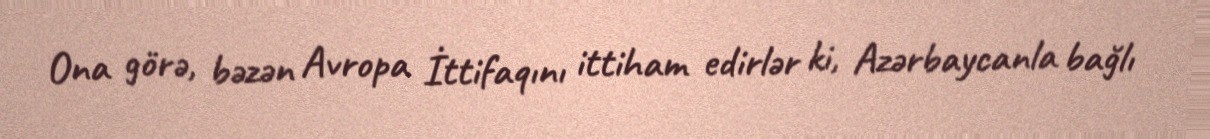
Ona görə, bəzən Avropa İttifaqını ittiham edirlər ki, Azərbaycanla bağlı